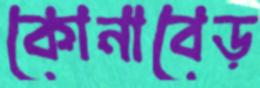
কোনাবেড়